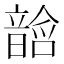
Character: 𱂓